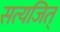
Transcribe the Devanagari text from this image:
सत्यजित्